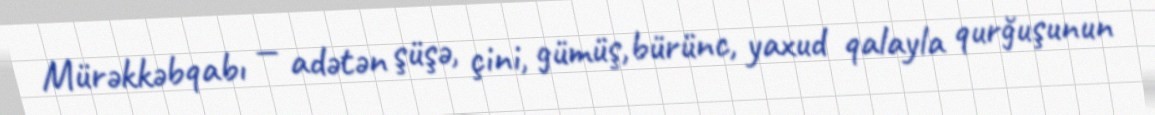
Mürəkkəbqabı — adətən şüşə, çini, gümüş,bürünc, yaxud qalayla qurğuşunun